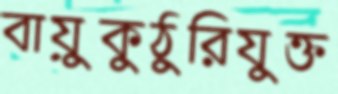
বায়ুকুঠুরিযুক্ত